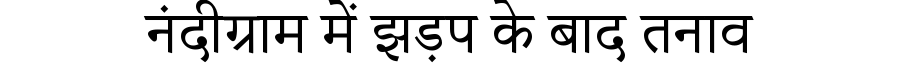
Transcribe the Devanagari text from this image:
नंदीग्राम में झड़प के बाद तनाव